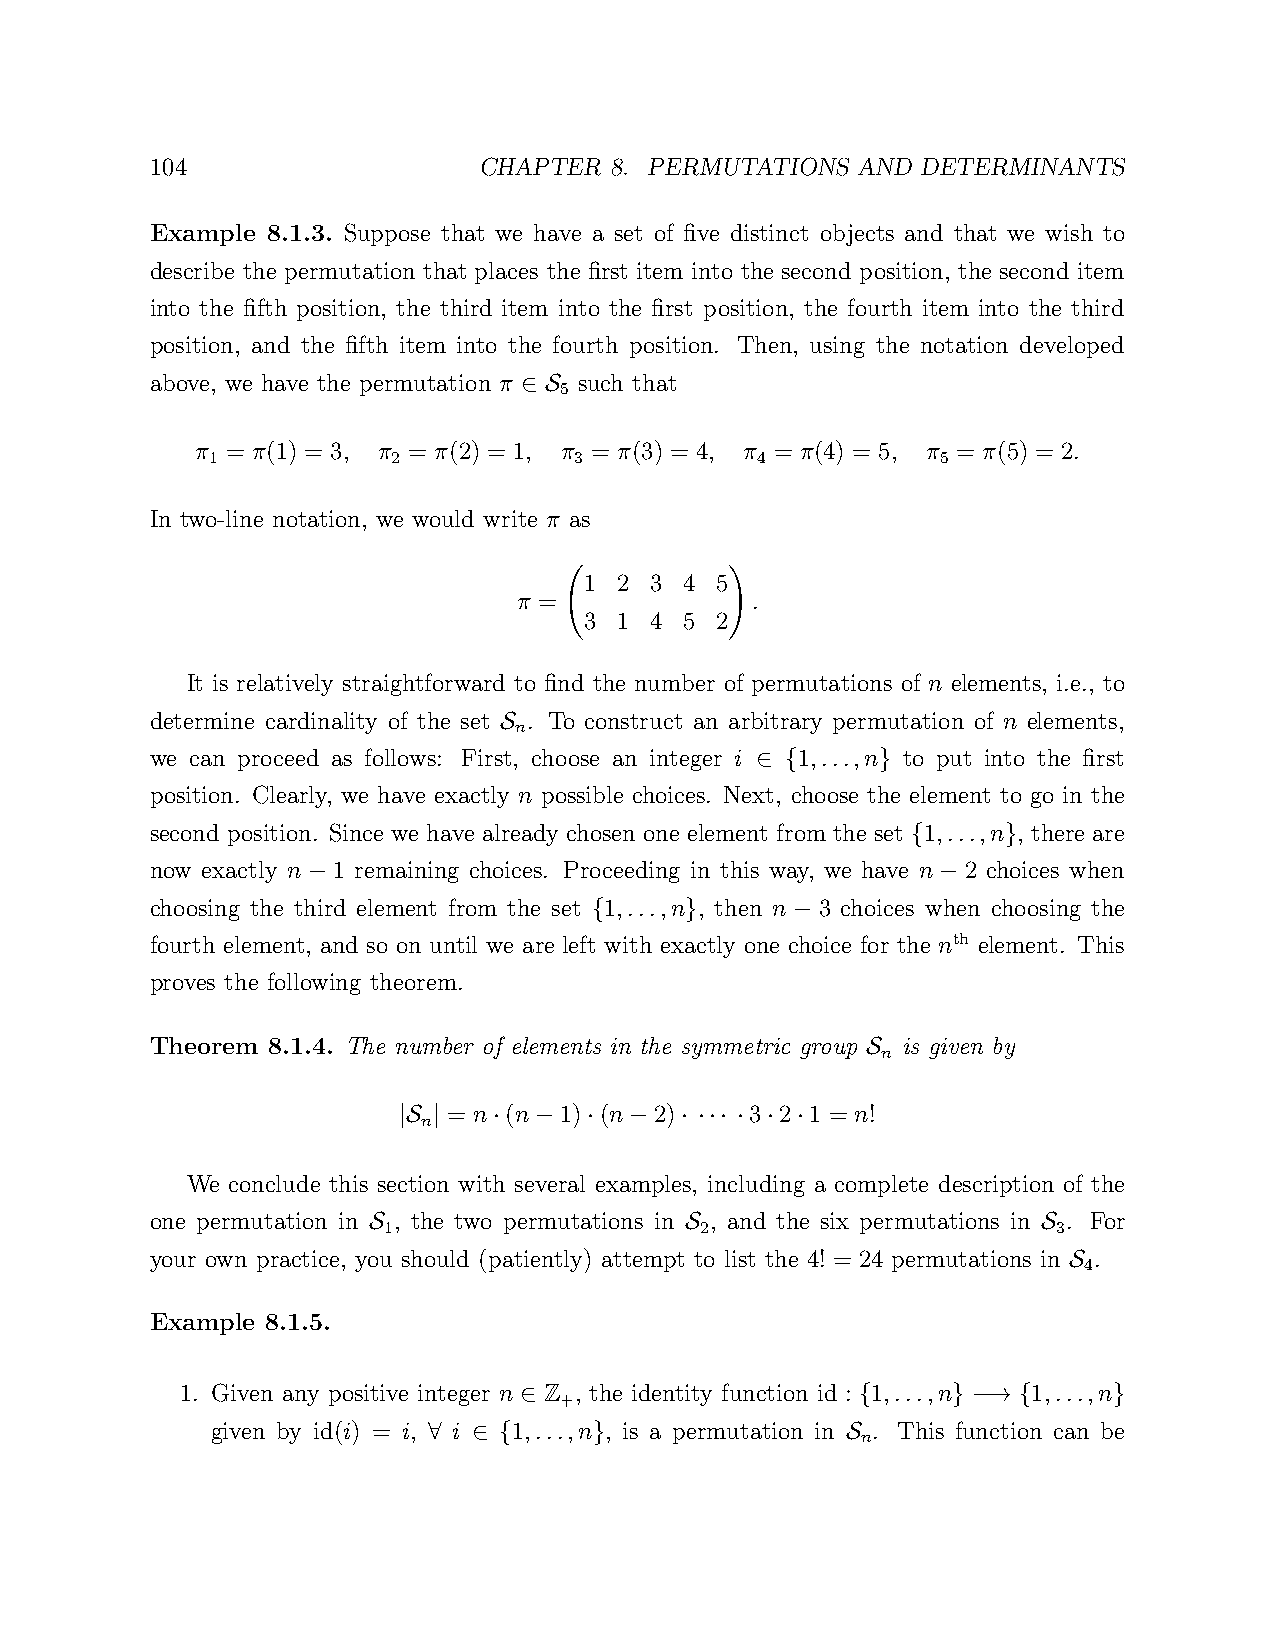
104                   CHAPTER 8. PERMUTATIONS  AND DETERMINANTS
 Example 8.1.3. Suppose that we have a set of five distinct objects and that we wish to
 describe the permutation that places the first item into the second position, the second item
 into the fifth position, the third item into the first position, the fourth item into the third
 position, and the fifth item into the fourth position. Then, using the notation developed
 above, we have the permutation π such that
 5
 ∈ S
 π = π(1) = 3, π = π(2) = 1, π = π(3) = 4, π = π(4) = 5, π = π(5) = 2.
 1           2           3           4           5
 In two-line notation, we would write π as
 1 2 3 4 5
 π =             .
 3 1 4 5 2!
 It is relatively straightforward to find the number of permutations of n elements, i.e., to
 determine cardinality of the set . To construct an arbitrary permutation of n elements,
 n
 S
 we can proceed as follows: First, choose an integer i 1,...,n to put into the first
 ∈ {     }
 position. Clearly, we have exactly n possible choices. Next, choose the element to go in the
 second position. Since we have already chosen one element from the set 1,...,n , there are
 {      }
 now exactly n 1 remaining choices. Proceeding in this way, we have n 2 choices when
 −                                         −
 choosing the third element from the set 1,...,n , then n 3 choices when choosing the
 {     }       −
 fourth element, and so on until we are left with exactly one choice for the nth element. This
 proves the following theorem.
 Theorem 8.1.4. The number of elements in the symmetric group is given by
 n
 S
 = n (n 1) (n 2)     3 2 1 = n!
 n
 |S |   · −   ·  −  · ··· · · ·
 We conclude this section with several examples, including a complete description of the
 one permutation in , the two permutations in , and the six permutations in . For
 1                    2                       3
 S                    S                       S
 your own practice, you should (patiently) attempt to list the 4! = 24 permutations in .
 4
 S
 Example 8.1.5.
 1. Given any positive integer n Z , the identity function id : 1,...,n 1,...,n
 +
 ∈                      {     } −→ {     }
 given by id(i) = i, i 1,...,n , is a permutation in . This function can be
 n
 ∀  ∈ {     }                S